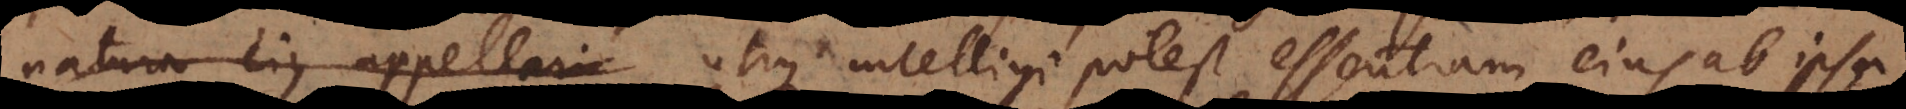
natura ejus appellari utique intelligi potest essentiam ejus ab ipsa